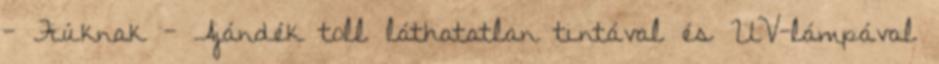
- Fiúknak - Ajándék toll láthatatlan tintával és UV-lámpával